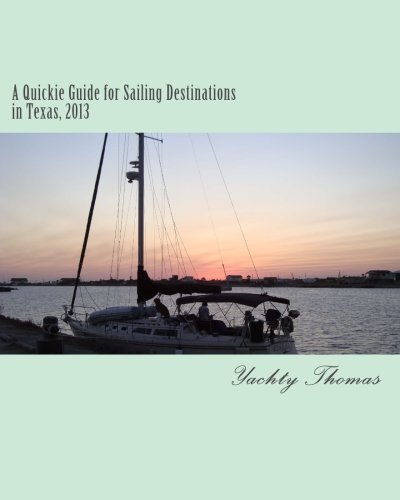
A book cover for A Quickie Guide for Sailing Destinations in Texas, 2013 (Quicke Guide for Sailing Destinations) (Volume 1); Yachty Thomas; Travel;